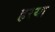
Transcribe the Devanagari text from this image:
हरया